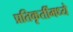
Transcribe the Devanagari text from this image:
प्रतिकृतींमध्ये